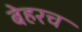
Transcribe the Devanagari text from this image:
बेहरच